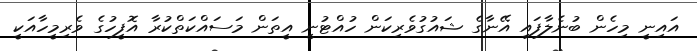
އައިނީ މިހެން ބުނެލާފައި އޭނާގެ ޝައުގުވެރިކަން ހުއްޓުނީ އީތަން މަސައްކަތްކުރާ އޮފީހުގެ ވެރިމީހާއަކީ